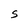
Character: S